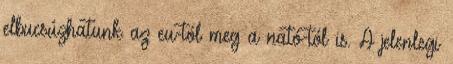
elbucsúzhatunk az eu-tól meg a nató-tól is. A jelenlegi